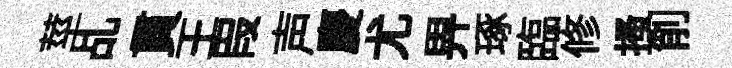
莖乩貫王叚声慶尤畀琢臨修搔削